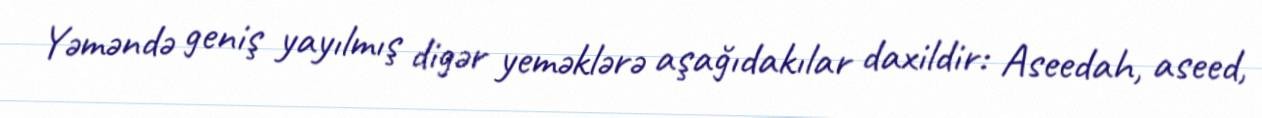
Yəməndə geniş yayılmış digər yeməklərə aşağıdakılar daxildir: Aseedah, aseed,